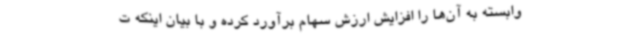
وابسته به آن‌ها را افزایش ارزش سهام برآورد کرده و با بیان اینکه ت